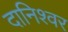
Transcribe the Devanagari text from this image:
दानिश्वर